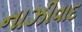
નાઝીવાદ